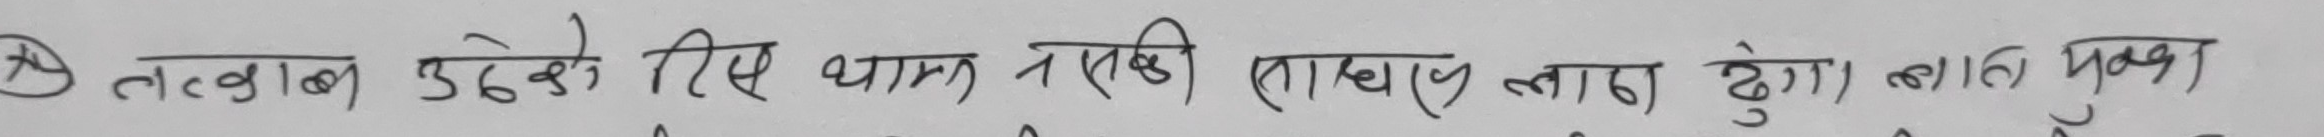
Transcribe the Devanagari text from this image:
तलब उठेको लिए थामी नसकि (लाख लाख हुग) वाकि मुवा